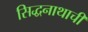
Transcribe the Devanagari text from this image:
सिद्धनाथाची